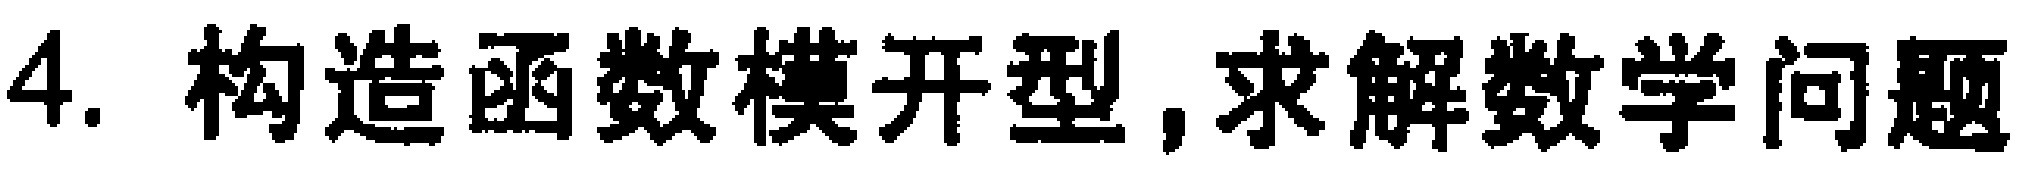
4. 构造函数模开型,求解数学问题